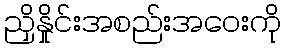
ညှိနှိုင်းအစည်းအဝေးကို